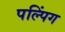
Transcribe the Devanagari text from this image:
पल्पिंग